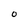
Character: O